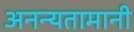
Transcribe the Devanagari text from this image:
अनन्यतामानी